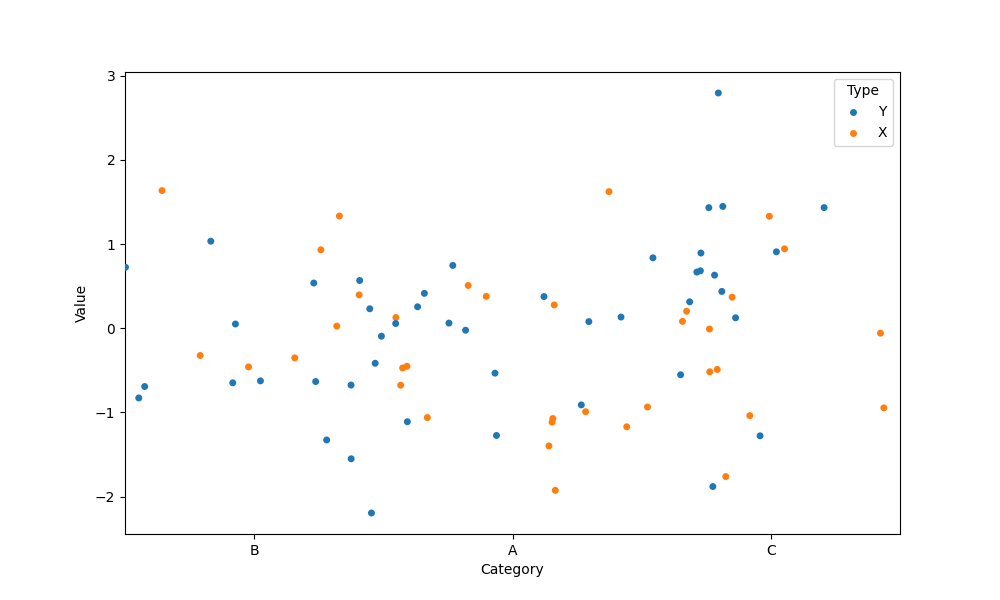
python, seaborn, stripplot, jitter=True, dodge=False, alpha=1.0, size=5